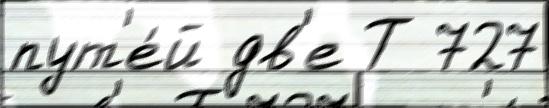
пут'е́й дв'е Т 727